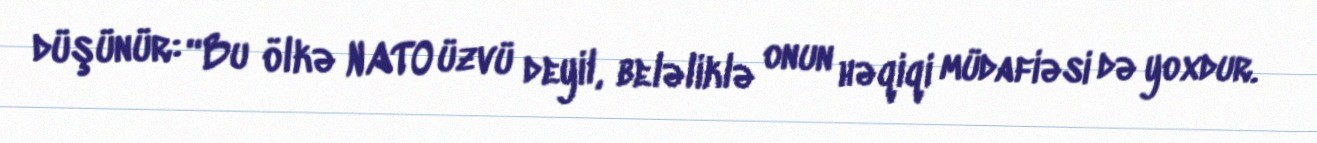
düşünür: “Bu ölkə NATO üzvü deyil, beləliklə onun həqiqi müdafiəsi də yoxdur.